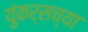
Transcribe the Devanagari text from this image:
युंकर्सच्या